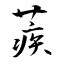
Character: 蒺